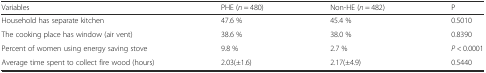
<table><thead><tr><td><b>Variables</b></td><td><b>PHE (<i>n</i> = 480)</b></td><td><b>Non-HE (<i>n</i> = 482)</b></td><td><b>P</b></td></tr></thead><tbody><tr><td>Household has separate kitchen</td><td>47.6 %</td><td>45.4 %</td><td>0.5010</td></tr><tr><td>The cooking place has window (air vent)</td><td>38.6 %</td><td>38.0 %</td><td>0.8390</td></tr><tr><td>Percent of women using energy saving stove</td><td>9.8 %</td><td>2.7 %</td><td><i>P</i> &lt; 0.0001</td></tr><tr><td>Average time spent to collect fire wood (hours)</td><td>2.03(±1.6)</td><td>2.17(±4.9)</td><td>0.5440</td></tr></tbody></table>